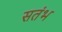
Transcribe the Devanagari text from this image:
सतंभ